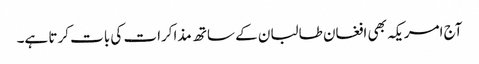
آج امریکہ بھی افغان طالبان کے ساتھ مذاکرات کی بات کرتا ہے۔